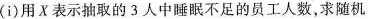
(i)用X表示抽取的3人中睡眠不足的员工人数，求随机